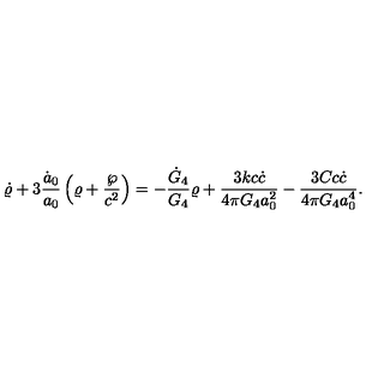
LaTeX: \dot { \varrho } + 3 { \frac { \dot { a } _ { 0 } } { a _ { 0 } } } \left( \varrho + { \frac { \wp } { c ^ { 2 } } } \right) = - { \frac { \dot { G } _ { 4 } } { G _ { 4 } } } \varrho + { \frac { 3 k c \dot { c } } { 4 \pi G _ { 4 } a _ { 0 } ^ { 2 } } } - { \frac { 3 C c \dot { c } } { 4 \pi G _ { 4 } a _ { 0 } ^ { 4 } } } .